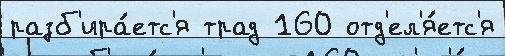
разб'ира́етс'я трад 160 отд'ел'я́етс'я